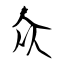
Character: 众